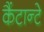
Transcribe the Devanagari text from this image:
कैंटान्टे